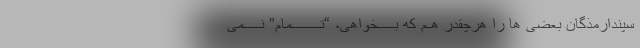
سپندارمذگان بعضی ها را هرچقدر هـم که بــــخواهی، “تـــــــمام” نــــمی